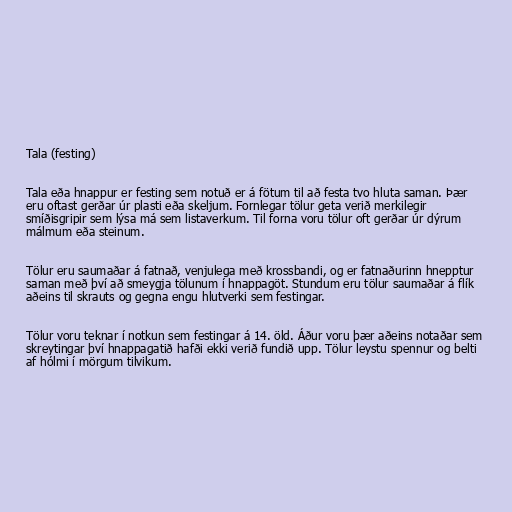
Tala (festing)

Tala eða hnappur er festing sem notuð er á fötum til að festa tvo hluta saman. Þær
eru oftast gerðar úr plasti eða skeljum. Fornlegar tölur geta verið merkilegir
smíðisgripir sem lýsa má sem listaverkum. Til forna voru tölur oft gerðar úr dýrum
málmum eða steinum.

Tölur eru saumaðar á fatnað, venjulega með krossbandi, og er fatnaðurinn hnepptur
saman með því að smeygja tölunum í hnappagöt. Stundum eru tölur saumaðar á flík
aðeins til skrauts og gegna engu hlutverki sem festingar.

Tölur voru teknar í notkun sem festingar á 14. öld. Áður voru þær aðeins notaðar sem
skreytingar því hnappagatið hafði ekki verið fundið upp. Tölur leystu spennur og belti
af hólmi í mörgum tilvikum.